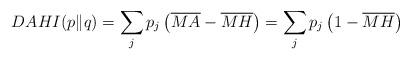
LaTeX: \begin{align*}DAHI(p\|q)=\sum_{j}p_{j}\left(\overline{MA}-\overline{MH}\right)=\sum_{j}p_{j}\left(1-\overline{MH}\right) \end{align*}